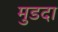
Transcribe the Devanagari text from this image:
मुडदा